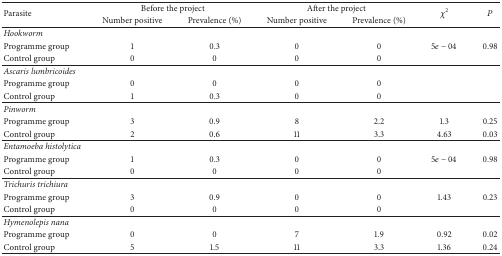
| <ROWSPAN=2> Parasite | <COLSPAN=2> Before the project | <COLSPAN=2> After the project | <ROWSPAN=2> χ2 | <ROWSPAN=2> P |
 | Number positive | Prevalence (%) | Number positive | Prevalence (%) |
 | --- | --- | --- | --- | --- | --- | --- |
 | Hookworm |  |  |  |  |  |  |
 | Programme group | 1 | 0.3 | 0 | 0 | 5e − 04 | 0.98 |
 | Control group | 0 | 0 | 0 | 0 |  |  |
 | Ascaris lumbricoides |  |  |  |  |  |  |
 | Programme group | 0 | 0 | 0 | 0 |  |  |
 | Control group | 1 | 0.3 | 0 | 0 |  |  |
 | Pinworm |  |  |  |  |  |  |
 | Programme group | 3 | 0.9 | 8 | 2.2 | 1.3 | 0.25 |
 | Control group | 2 | 0.6 | 11 | 3.3 | 4.63 | 0.03 |
 | Entamoeba histolytica |  |  |  |  |  |  |
 | Programme group | 1 | 0.3 | 0 | 0 | 5e − 04 | 0.98 |
 | Control group | 0 | 0 | 0 | 0 |  |  |
 | Trichuris trichiura |  |  |  |  |  |  |
 | Programme group | 3 | 0.9 | 0 | 0 | 1.43 | 0.23 |
 | Control group | 0 | 0 | 0 | 0 |  |  |
 | Hymenolepis nana |  |  |  |  |  |  |
 | Programme group | 0 | 0 | 7 | 1.9 | 0.92 | 0.02 |
 | Control group | 5 | 1.5 | 11 | 3.3 | 1.36 | 0.24 |